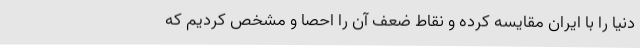
دنیا را با ایران مقایسه کرده و نقاط ضعف آن را احصا و مشخص کردیم که